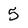
Character: 5